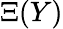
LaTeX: \Xi(Y)